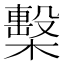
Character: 檕